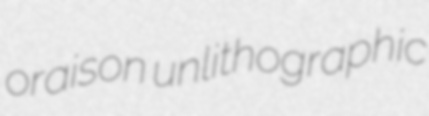
oraison unlithographic